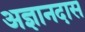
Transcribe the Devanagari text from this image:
अज्ञानदास